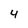
Character: 4